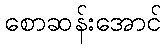
စောဆန်းအောင်